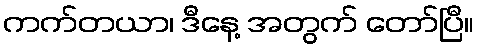
ကက်တယာ၊ ဒီနေ့ အတွက် တော်ပြီ။